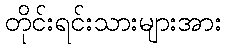
တိုင်းရင်းသားများအား